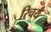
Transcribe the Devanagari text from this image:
रिचर्य